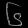
Digit: ၆